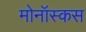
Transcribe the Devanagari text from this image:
मोनॉस्कस